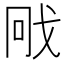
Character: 𭟳